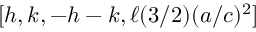
[ h , k , - h - k , \ell ( 3 / 2 ) ( a / c ) ^ { 2 } ]